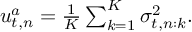
\begin{array} { r } { u _ { t , n } ^ { a } = \frac { 1 } { K } \sum _ { k = 1 } ^ { K } \sigma _ { t , n : k } ^ { 2 } . } \end{array}